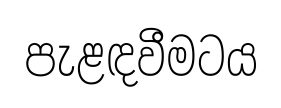
පැළඳවීමටය